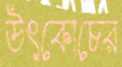
উৎকোচের